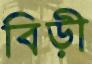
বিড়ী